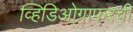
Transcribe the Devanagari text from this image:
व्हिडिओग्राफरची